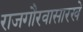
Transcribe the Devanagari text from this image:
राजगौरवासारखे